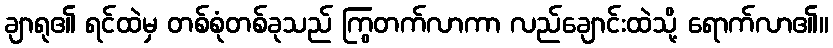
ချာရု၏ ရင်ထဲမှ တစ်စုံတစ်ခုသည် ကြွတက်လာကာ လည်ချောင်းထဲသို့ ရောက်လာ၏။